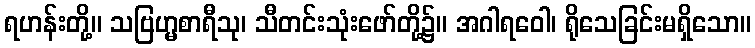
ရဟန်းတို့။ သဗြဟ္မစာရီသု၊ သီတင်းသုံးဖော်တို့၌။ အဂါရဝေါ၊ ရိုသေခြင်းမရှိသော။